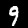
Label: 9